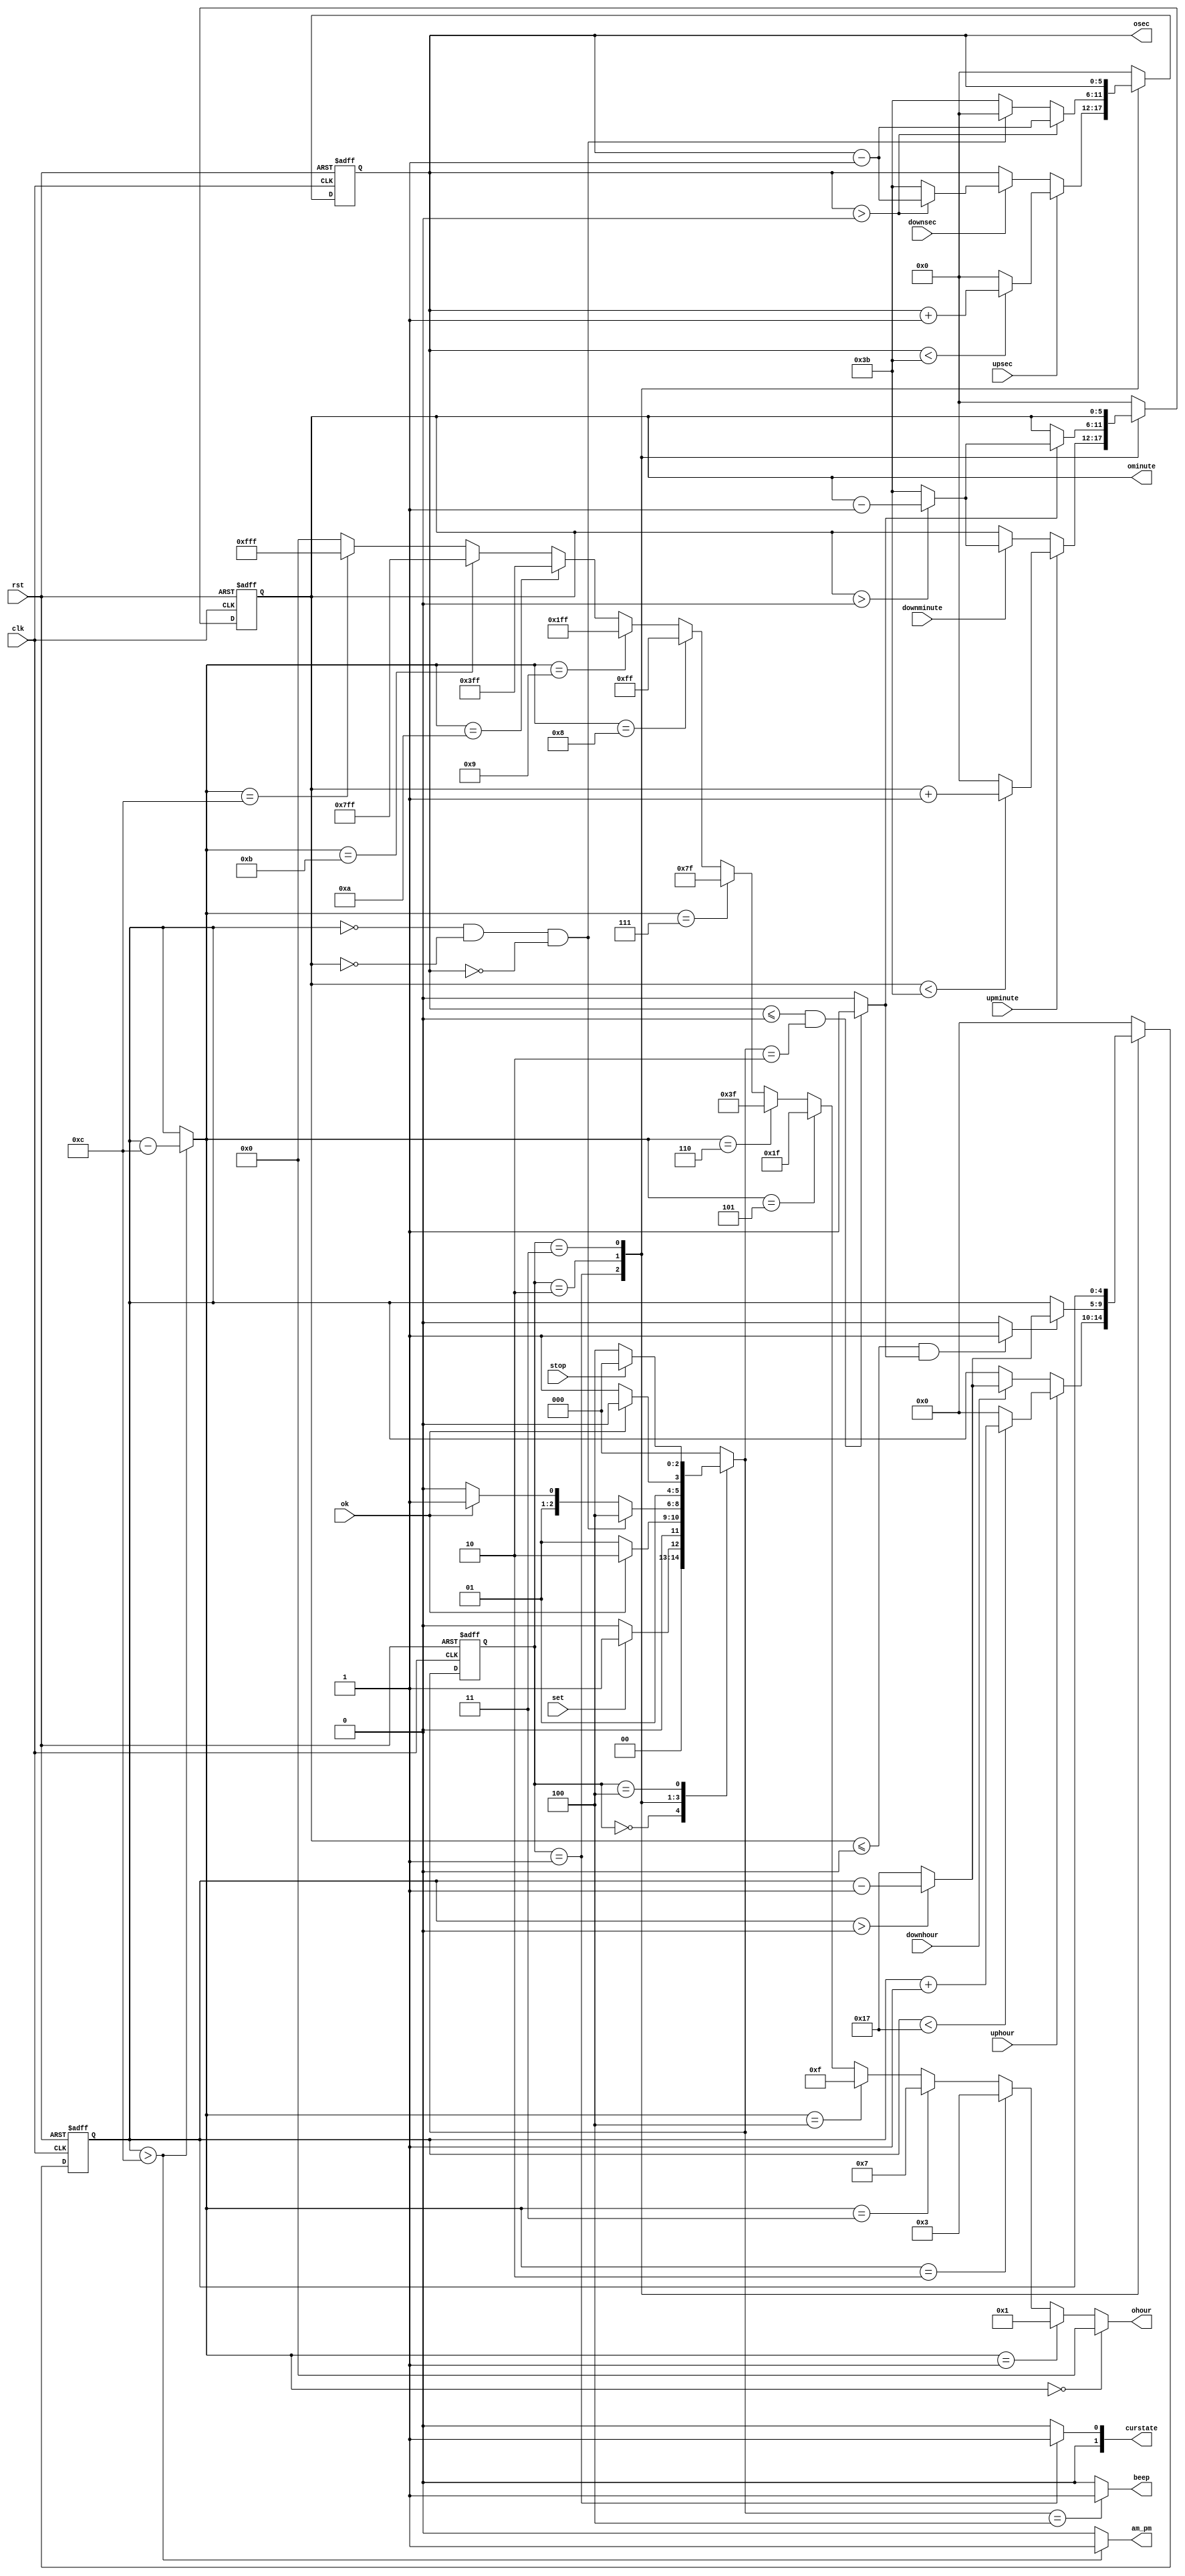
module DownCounter(
    output [11:0]ohour,
    output am_pm,
    output reg [5:0]ominute,
    output reg [5:0]osec,
    output beep,
    output [1:0]curstate,
    input clk,
    input rst,
    input set,
    input uphour,
    input downhour,
    input upminute,
    input downminute,
    input upsec,
    input downsec,
    input ok,
    input stop
    );
    
    reg [4:0] hour;
    wire [4:0]tmphour;
    wire minutecarry;
    wire hourcarry;
    
    
    assign minutecarry = ( osec <= 0 && nextstate == COUNT ) ? 1 : 0;
    assign hourcarry = ( ominute <= 0 && minutecarry ) ? 1 : 0;
    assign tmphour = ( hour > 12 ) ? hour - 12 : hour;
    
    assign ohour = ( tmphour == 0 ) ? 12'b000000000000:
                           ( tmphour == 1 ) ? 12'b000000000001:
                           ( tmphour == 2 ) ? 12'b000000000011:
                           ( tmphour == 3 ) ? 12'b000000000111:
                           ( tmphour == 4 ) ? 12'b000000001111:
                           ( tmphour == 5 ) ? 12'b000000011111:
                           ( tmphour == 6 ) ? 12'b000000111111:
                           ( tmphour == 7 ) ? 12'b000001111111:
                           ( tmphour == 8 ) ? 12'b000011111111:
                           ( tmphour == 9 ) ? 12'b000111111111:
                           ( tmphour == 10 ) ? 12'b001111111111:
                           ( tmphour == 11 ) ? 12'b011111111111:
                           ( tmphour == 12 ) ? 12'b111111111111: 0;
    assign am_pm = ( hour > 12 ) ? 1 : 0;
    assign beep = ( nextstate == RING ) ? 1 : 0;
    assign curstate[0] = ( state == SET ) ? 1 : 0;
    assign curstate[1] = 0;
    
    parameter IDLE = 0;
    parameter SET = 1;
    parameter COUNT = 2;
    parameter STOP = 3;
    parameter RING = 4;
    
    reg [2:0] state , nextstate;
    reg [4:0] nexthour;
    reg [5:0] nextminute, nextsec;
    
    
    always@ ( posedge clk, posedge rst ) begin
        if( rst ) begin
            state <= IDLE;
            hour <= 0;
            ominute <= 0;
            osec <= 0;
        end
        
        else begin
            state <= nextstate;
            hour <= nexthour;
            ominute <= nextminute;
            osec <=  nextsec;   
        end
    
    end
    
    always@ (*) begin
        case(state) 
        
            IDLE : begin
                nextstate = ( set ) ? SET : IDLE;
                nexthour = 0;
                nextminute = 0;
                nextsec = 0;
            end
            
            SET : begin
                nextstate = ( ok ) ? COUNT : SET;
                nexthour = ( uphour ) ? ( hour < 23 ) ? hour + 1 : 0 :
                                        ( downhour ) ? ( hour > 0 ) ? hour - 1 : 23 : 
                                        hour;
                            nextminute = ( upminute ) ? ( ominute <  59) ? ominute + 1 : 0 :
                                         ( downminute ) ? ( ominute > 0 ) ? ominute - 1 : 59 :
                                         ominute;
                            nextsec = ( upsec ) ? ( osec < 59 ) ? osec + 1 : 0 :
                                      ( downsec ) ? ( osec > 0 ) ? osec - 1 : 59 :
                                      osec;
                  
            end
            
            COUNT : begin
                nextstate = ( hour == 0  && ominute == 0 && osec == 0  ) ? RING : 
                            (ok) ? STOP : COUNT;
                nexthour = ( hourcarry ) ? ( hour > 0 ) ? hour - 1 : 23 : 
                                        hour;
                nextminute = ( minutecarry ) ? ( ominute > 0 ) ? ominute - 1 : 59 :
                                         ominute;
                nextsec = ( osec > 0 ) ? osec - 1 : 
                          ( hour == 0  && ominute == 0 && osec == 0 ) ? 0 : 59;
            end
            
            STOP : begin
                nextstate = ( ok ) ? COUNT : STOP;
                nexthour = hour;
                nextminute = ominute;
                nextsec = osec;          
            end
            
            RING :  begin
                nextstate = ( stop ) ? IDLE : RING;
                nexthour = 0;
                nextminute = 0;
                nextsec = 0;        
            end
            
            default : begin
                nextstate = IDLE;
                nexthour = 0;
                nextminute = 0;
                nextsec = 0;
             end
        
        endcase
    
    end
endmodule